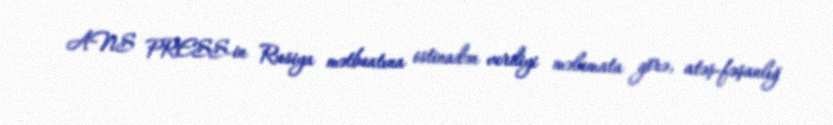
ANS PRESS-in Rusiya mətbuatına istinadən verdiyi məlumata görə, atəş-fəşanlığ